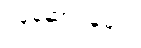
ဝန်ဆောင်မှုများ